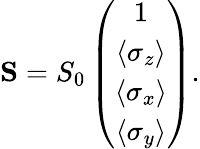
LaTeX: \begin{array}{r}{{\mathbf S}=S_{0}\left(\begin{array}{c}{1}\\ {\langle\sigma_{z}\rangle}\\ {\langle\sigma_{x}\rangle}\\ {\langle\sigma_{y}\rangle}\end{array}\right).}\end{array}